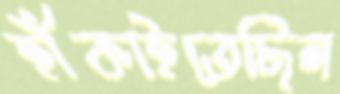
হাঁকাইতেছিল